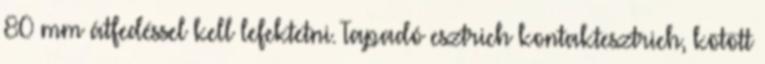
80 mm átfedéssel kell lefektetni. Tapadó esztrich kontaktesztrich, kötött